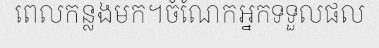
ពេលកន្លងមក។ចំណែកអ្នកទទួលផល